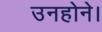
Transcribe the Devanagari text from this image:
उनहोने।